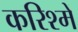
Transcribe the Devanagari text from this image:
करिश्में